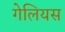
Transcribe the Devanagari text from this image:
गेलियस